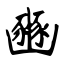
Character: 豳